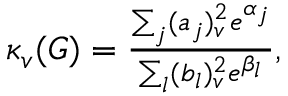
\begin{array} { r } { \kappa _ { v } ( G ) = \frac { \sum _ { j } ( a _ { j } ) _ { v } ^ { 2 } e ^ { \alpha _ { j } } } { \sum _ { l } ( b _ { l } ) _ { v } ^ { 2 } e ^ { \beta _ { l } } } , } \end{array}